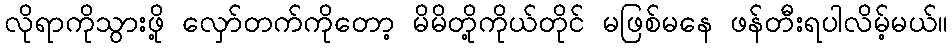
လိုရာကိုသွားဖို့ လှော်တက်ကိုတော့ မိမိတို့ကိုယ်တိုင် မဖြစ်မနေ ဖန်တီးရပါလိမ့်မယ်။